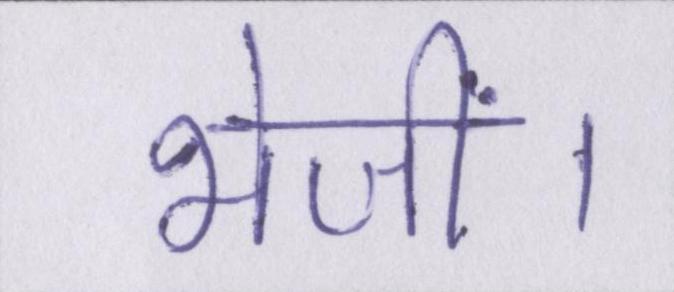
भेजीं।